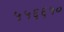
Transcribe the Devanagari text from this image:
५५६६५०